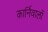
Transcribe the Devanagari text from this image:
कार्निवालों